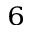
_ 6